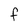
Character: f